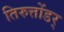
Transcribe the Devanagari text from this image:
तिरुत्तोंडर्